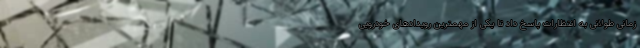
زمانی طولانی به انتظارات پاسخ داد تا یکی از مهمترین رویدادهای خودرویی